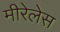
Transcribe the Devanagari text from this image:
मीरेलेस